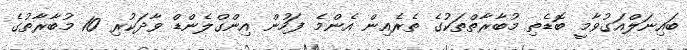
ބައިނަލްއަގުވާމީ ބޮޑެތި މުބާރާތްތަކުގެ ތެރެއިން އެންމެ ފަހުން އިންގްލެންޑް ވާދަކުރި 10 މުބާރާތުގެ